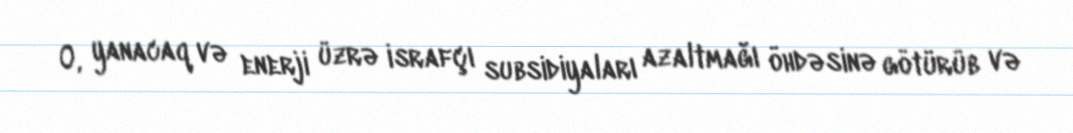
O, yanacaq və enerji üzrə israfçı subsidiyaları azaltmağı öhdəsinə götürüb və